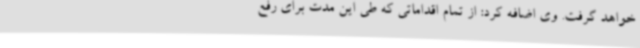
خواهد گرفت. وی اضافه کرد: از تمام اقداماتی که طی این مدت برای رفع